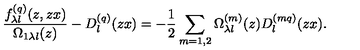
\frac { f _ { \lambda l } ^ { ( q ) } ( z , z x ) } { \Omega _ { 1 \lambda l } ( z ) } - D _ { l } ^ { ( q ) } ( z x ) = - \frac { 1 } { 2 } \sum _ { m = 1 , 2 } \Omega _ { \lambda l } ^ { ( m ) } ( z ) D _ { l } ^ { ( m q ) } ( z x ) .